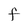
Character: F